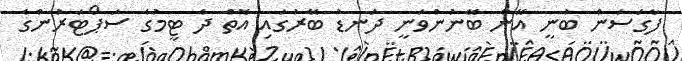
ފާގަސަން ބުނީ އޭނާ ބޭނުންވަނީ ދަނޑު ބޭރުގައި އޮތް ދެ ޓީމުގެ ސަޕޯޓަރުންގެ